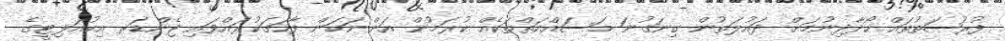
ފުރުޞަތުތައް ހޯދާދިނުމަށް ދައުލަތުން ގިނަގުނަ މަސައްކަތްތަކެއް ކުރަމުން އަންނަކަން ފާހަގަކުރައްވައި ޖެންޑަރ އިކުއަލިޓީގެ